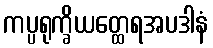
ကပ္ပရုက္ခိယတ္ထေရအပဒါနံ